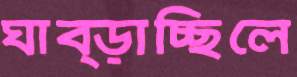
ঘাব্‌ড়াচ্ছিলে